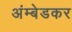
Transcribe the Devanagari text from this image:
अंम्बेडकर